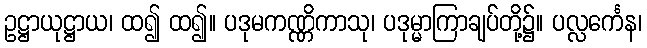
ဥဋ္ဌာယုဋ္ဌာယ၊ ထ၍ ထ၍။ ပဒုမကဏ္ဏိကာသု၊ ပဒုမ္မာကြာချပ်တို့၌။ ပလ္လင်္ကေန၊